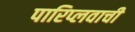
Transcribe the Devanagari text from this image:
पारिप्लवाची